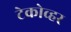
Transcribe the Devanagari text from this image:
टेकोव्हर